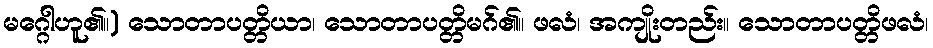
မဂ္ဂေါဟူ၏။) သောတာပတ္တိယာ၊ သောတာပတ္တိမဂ်၏။ ဖလံ၊ အကျိုးတည်း။ သောတာပတ္တိဖလံ၊